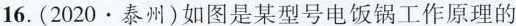
16. (2020 · 泰州)如图是某型号电饭锅工作原理的